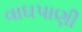
વાઘપાણી